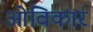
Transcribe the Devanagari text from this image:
ओविकार